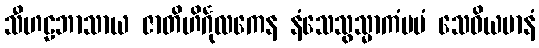
သီဟဠဘာသာယ ဇာတိဟိင်္ဂုလကေန နံသေသွသ္မာကံမမံ သေဝိယမာနံ